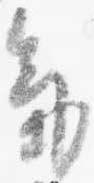
気